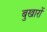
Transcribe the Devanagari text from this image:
बुखारों